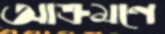
আক্রমণে